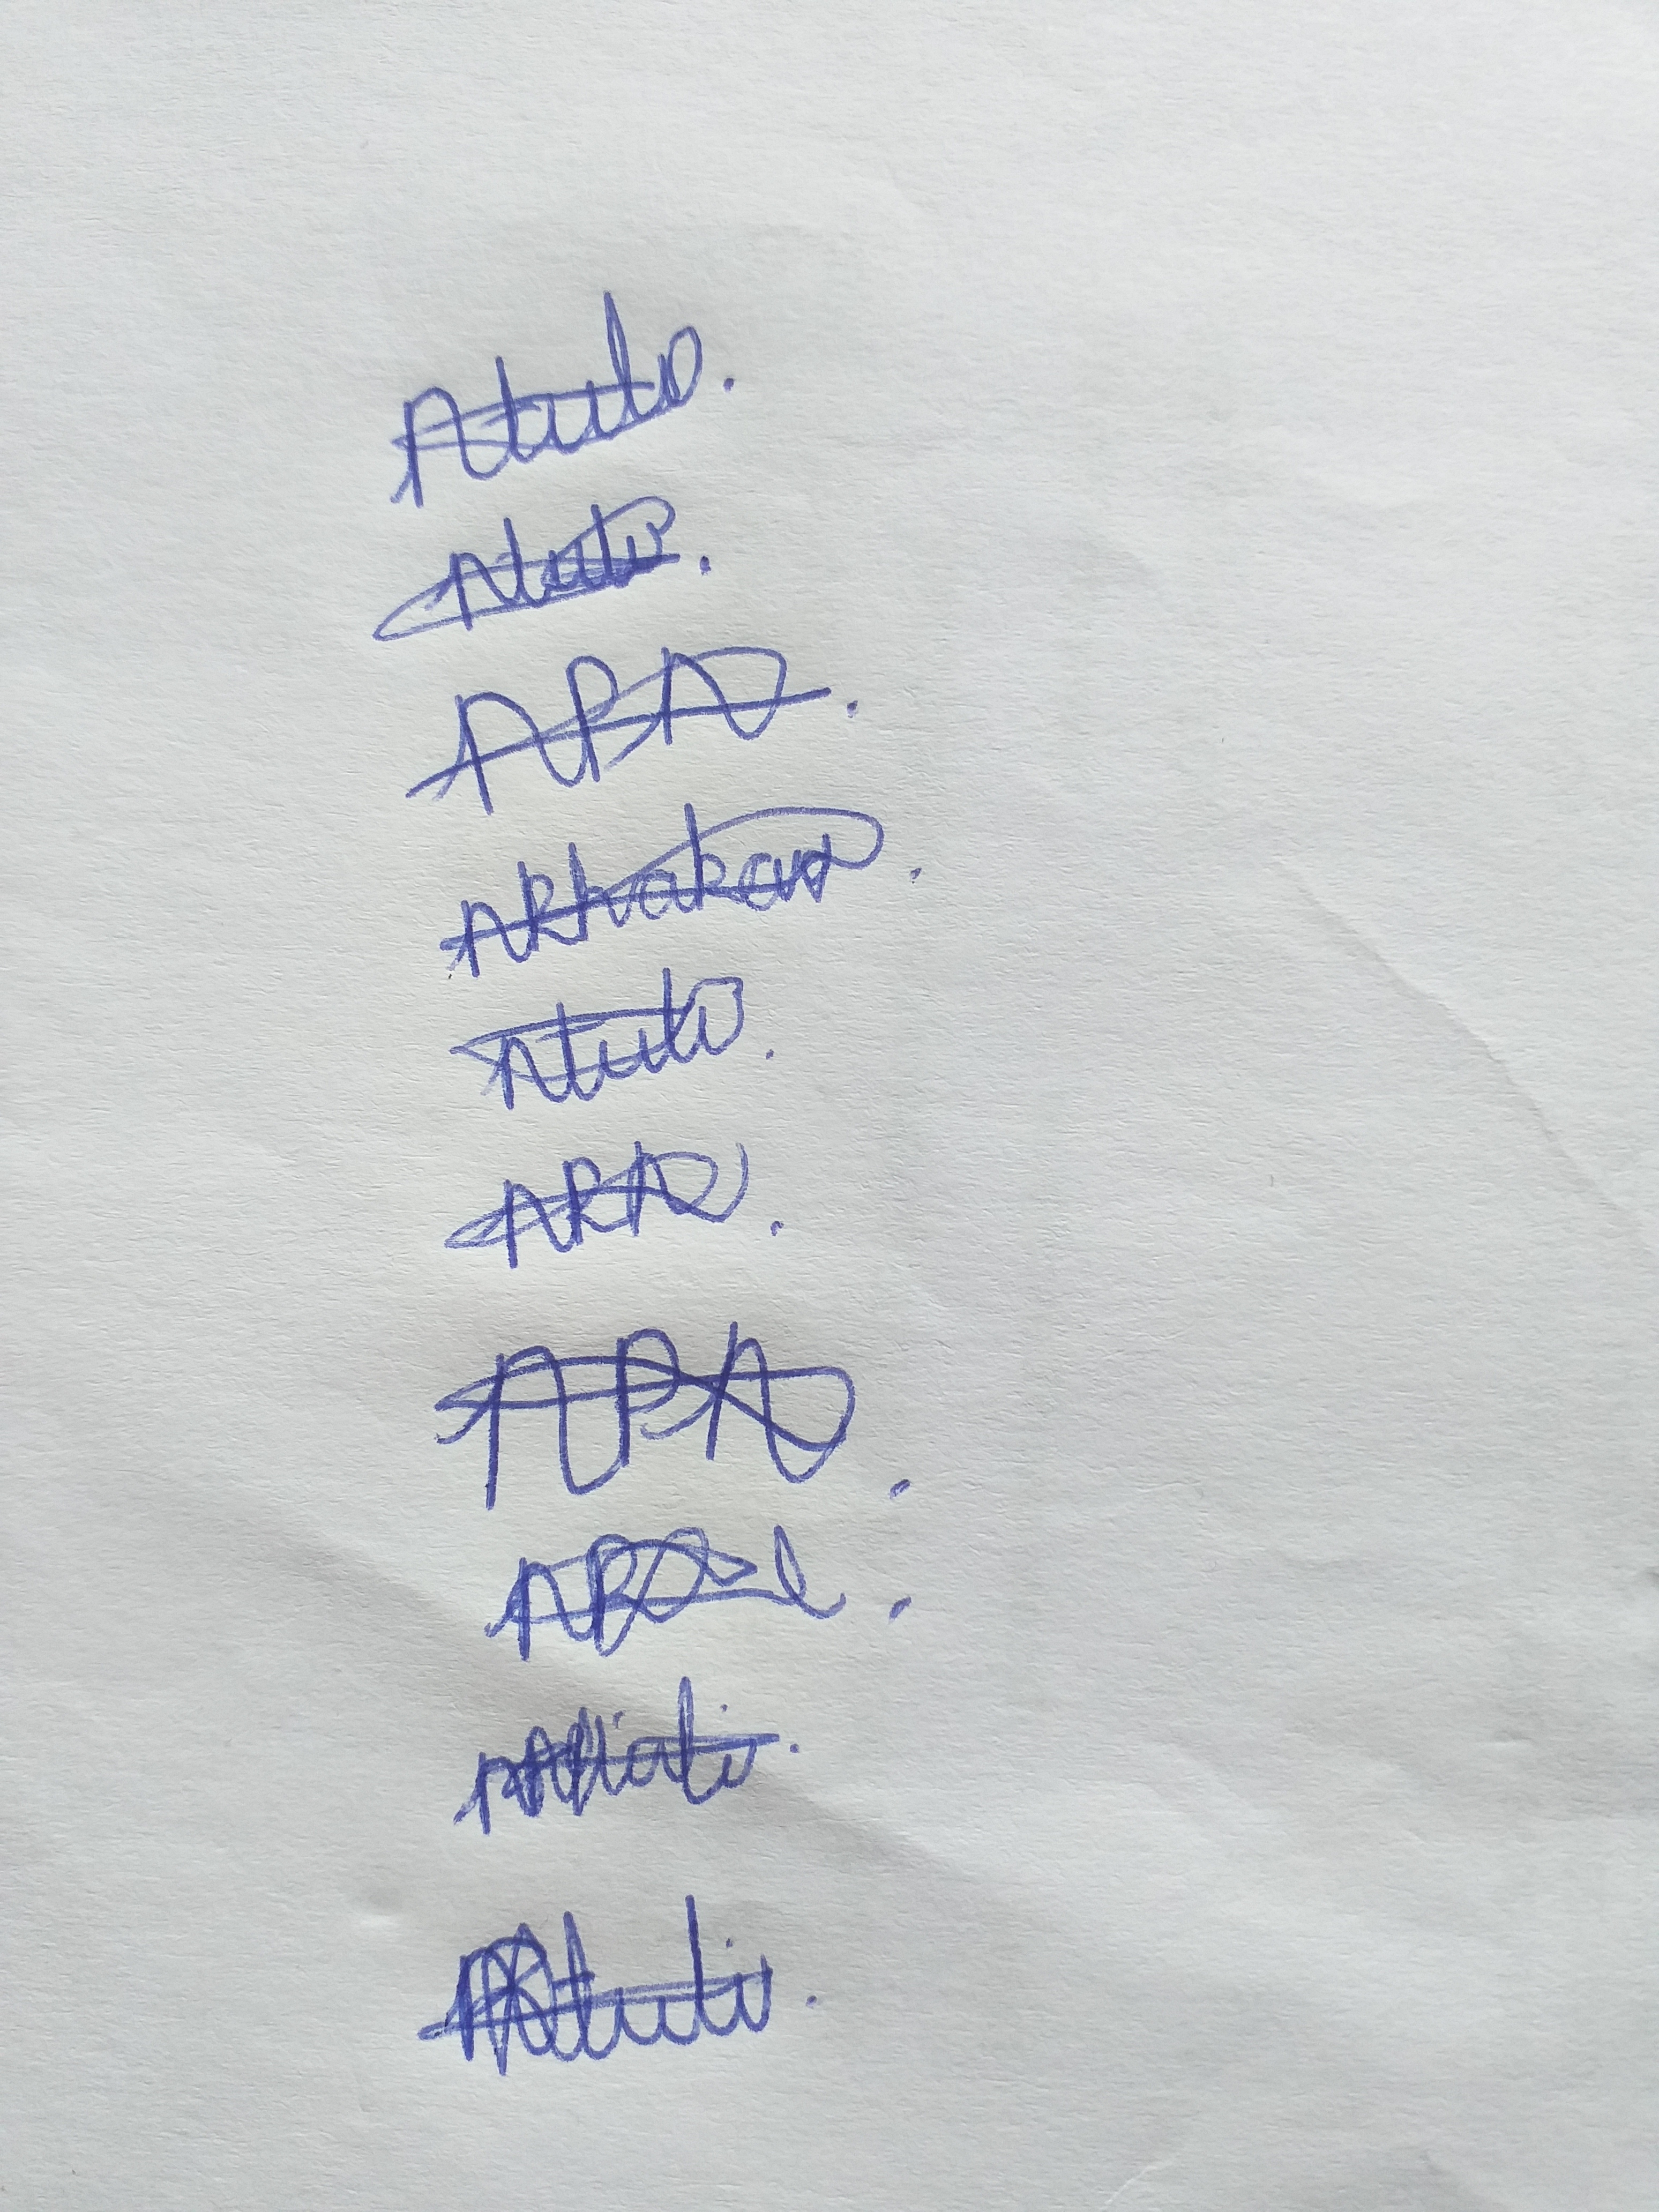
Signature authenticity: genuine